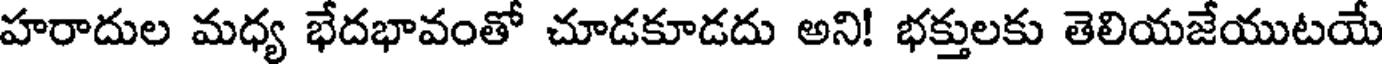
హరాదుల మధ్య భేదభావంతో చూడకూడదు అని! భక్తులకు తెలియజేయుటయే